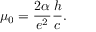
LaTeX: \mu _ { 0 } = { \frac { 2 \alpha } { e ^ { 2 } } } { \frac { h } { c } } .